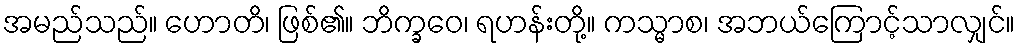
အမည်သည်။ ဟောတိ၊ ဖြစ်၏။ ဘိက္ခဝေ၊ ရဟန်းတို့။ ကသ္မာစ၊ အဘယ်ကြောင့်သာလျှင်။